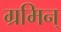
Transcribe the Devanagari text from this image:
ग्रमिन्